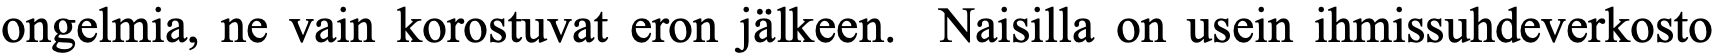
ongelmia, ne vain korostuvat eron jälkeen. Naisilla on usein ihmissuhdeverkosto